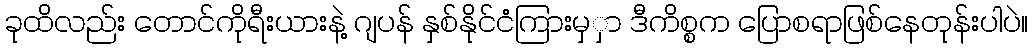
ခုထိလည်း တောင်ကိုရီးယားနဲ့ ဂျပန် နှစ်နိုင်ငံကြားမှှာ ဒီကိစ္စက ပြောစရာဖြစ်နေတုန်းပါပဲ။